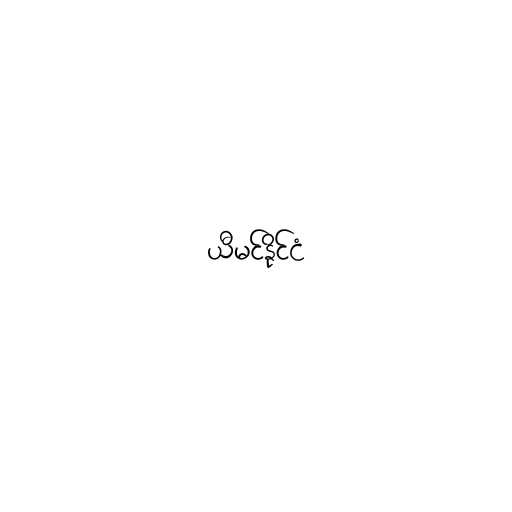
ယီမင်နိုင်ငံ